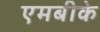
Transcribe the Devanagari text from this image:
एमबीके